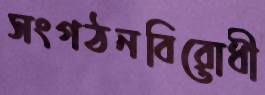
সংগঠনবিরোধী